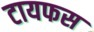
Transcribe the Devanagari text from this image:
टायफस